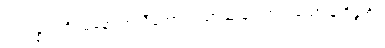
သံသန္နသင်္ကပ္ပမနော ကုသီတော၊ ပညာယ မဂ္ဂံ အလသော န ဝိန္ဒတိ။